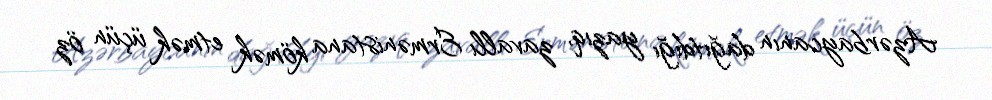
Azərbaycanın dağıtdığı yazıq, zavallı Ermənistana kömək etmək üçün öz